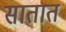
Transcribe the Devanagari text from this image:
सातात